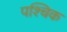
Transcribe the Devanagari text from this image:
पश्चिक